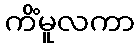
ကိံမူလကာ